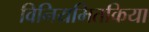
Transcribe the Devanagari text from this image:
विनियमितकिया